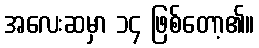
အလေးဆမှာ ၁၄ ဖြစ်တော့၏။